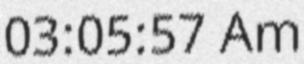
03:05:57 Am